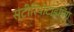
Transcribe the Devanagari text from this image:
स्टीरियोटाइपिंग